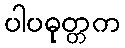
ပါပဓုတ္တက